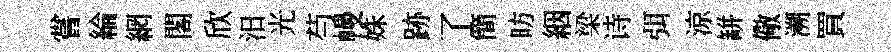
嘗綸網閣欣汨光芍幔姝跡了簡昉絪梁诗弭涼缾儆溯買